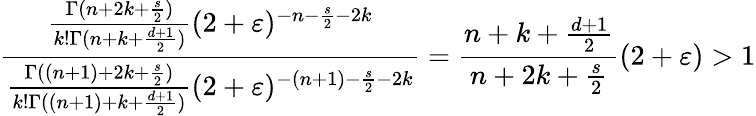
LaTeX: \frac{\frac{\Gamma(n+2k+\frac{s}{2})}{k!\Gamma(n+k+\frac{d+1}{2})}(2+\varepsilon)^{-n-\frac{s}{2}-2k}}{\frac{\Gamma((n+1)+2k+\frac{s}{2})}{k!\Gamma((n+1)+k+\frac{d+1}{2})}(2+\varepsilon)^{-(n+1)-\frac{s}{2}-2k}}=\frac{n+k+\frac{d+1}{2}}{n+2k+\frac{s}{2}}(2+\varepsilon)>1